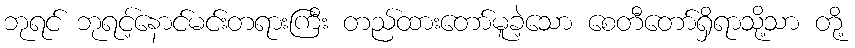
ဘုရင် ဘုရင့်နောင်မင်းတရားကြီး တည်ထားတော်မူခဲ့သော စေတီတော်ရှိရာသို့သာ တို့